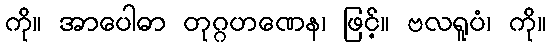
ကို။ အာပေါဓာ တုဂ္ဂဟဏေန၊ ဖြင့်။ ဗလရူပံ၊ ကို။